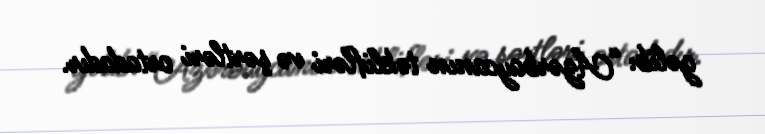
gəlib: “Azərbaycanın təklifləri və şərtləri ortadadır.